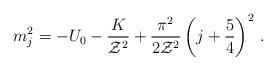
LaTeX: \begin{align*}m_j^2 = -U_0 -{K\over {\cal Z}^2} + {\pi^2\over 2{\cal Z}^2}\left(j+{5\over 4}\right)^2\,.\end{align*}